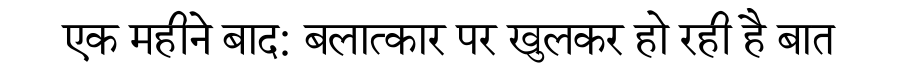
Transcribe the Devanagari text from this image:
एक महीने बाद: बलात्कार पर खुलकर हो रही है बात